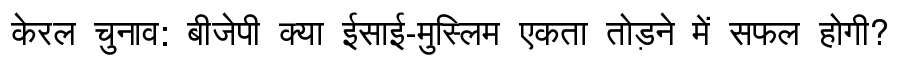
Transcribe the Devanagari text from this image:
केरल चुनाव: बीजेपी क्या ईसाई-मुस्लिम एकता तोड़ने में सफल होगी?